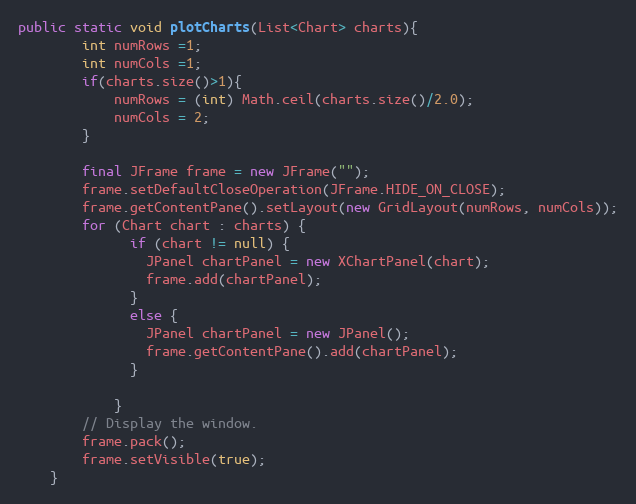
Language: Java
public static void plotCharts(List<Chart> charts){
		int numRows =1;
		int numCols =1;
		if(charts.size()>1){
			numRows = (int) Math.ceil(charts.size()/2.0);
			numCols = 2;
		}

	    final JFrame frame = new JFrame("");
	    frame.setDefaultCloseOperation(JFrame.HIDE_ON_CLOSE);
        frame.getContentPane().setLayout(new GridLayout(numRows, numCols));
	    for (Chart chart : charts) {
	          if (chart != null) {
	            JPanel chartPanel = new XChartPanel(chart);
	            frame.add(chartPanel);
	          }
	          else {
	            JPanel chartPanel = new JPanel();
	            frame.getContentPane().add(chartPanel);
	          }

	        }
	    // Display the window.
        frame.pack();
        frame.setVisible(true);
	}